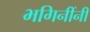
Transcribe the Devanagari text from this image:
भगिनींनी